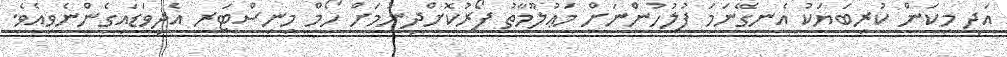
އަދި މިކަން ކުރިބަޔަކު އެނގޭނަމަ ފުލުހުންނަށް މަޢުލޫމާތު ފޯރުކޮށްދިނުމަށް ހޯމް މިނިސްޓަރ އެދިވަޑައިގެންނެވިއެވެ.